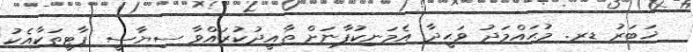
ޚަބަރު ޑރ. މުޙައްމަދު ވަޙީދާ އެމަނިކުފާނަށް ތާއީދުކުރައްވާ ސިޔާސީ ޕާޓީތަކާއެކު